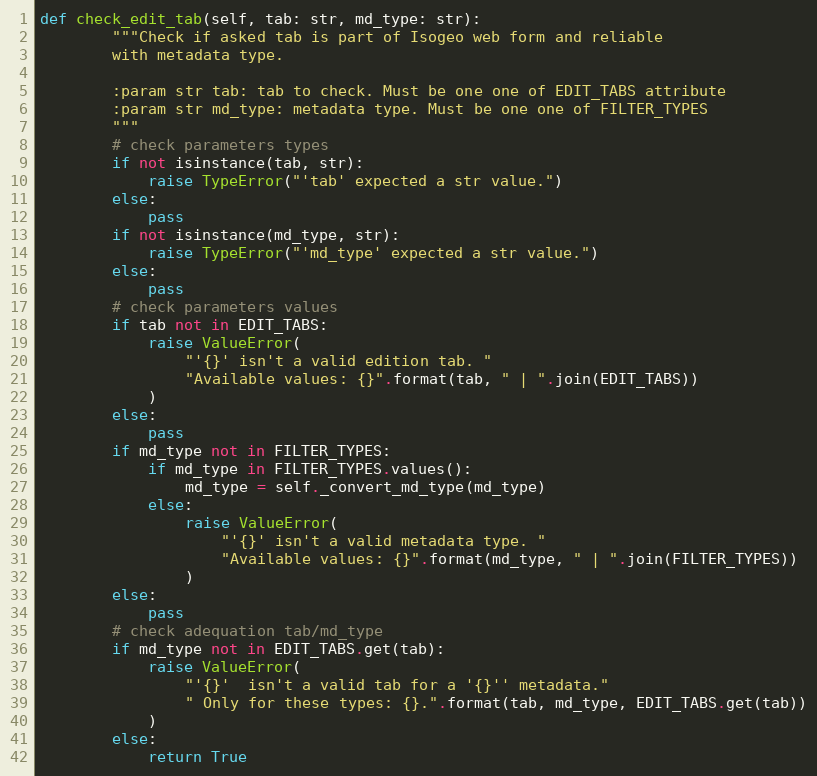
Language: Python
def check_edit_tab(self, tab: str, md_type: str):
        """Check if asked tab is part of Isogeo web form and reliable
        with metadata type.

        :param str tab: tab to check. Must be one one of EDIT_TABS attribute
        :param str md_type: metadata type. Must be one one of FILTER_TYPES
        """
        # check parameters types
        if not isinstance(tab, str):
            raise TypeError("'tab' expected a str value.")
        else:
            pass
        if not isinstance(md_type, str):
            raise TypeError("'md_type' expected a str value.")
        else:
            pass
        # check parameters values
        if tab not in EDIT_TABS:
            raise ValueError(
                "'{}' isn't a valid edition tab. "
                "Available values: {}".format(tab, " | ".join(EDIT_TABS))
            )
        else:
            pass
        if md_type not in FILTER_TYPES:
            if md_type in FILTER_TYPES.values():
                md_type = self._convert_md_type(md_type)
            else:
                raise ValueError(
                    "'{}' isn't a valid metadata type. "
                    "Available values: {}".format(md_type, " | ".join(FILTER_TYPES))
                )
        else:
            pass
        # check adequation tab/md_type
        if md_type not in EDIT_TABS.get(tab):
            raise ValueError(
                "'{}'  isn't a valid tab for a '{}'' metadata."
                " Only for these types: {}.".format(tab, md_type, EDIT_TABS.get(tab))
            )
        else:
            return True